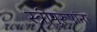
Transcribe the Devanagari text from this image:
स्त्रीपुरूषांना